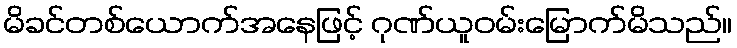
မိခင်တစ်ယောက်အနေဖြင့် ဂုဏ်ယူဝမ်းမြောက်မိသည်။